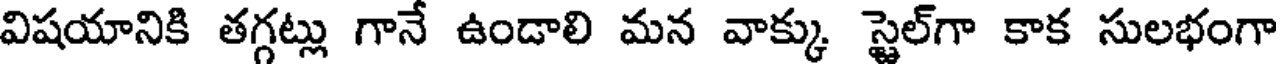
విషయానికి తగ్గట్లు గానే ఉండాలి మన వాక్కు స్టైల్గా కాక సులభంగా